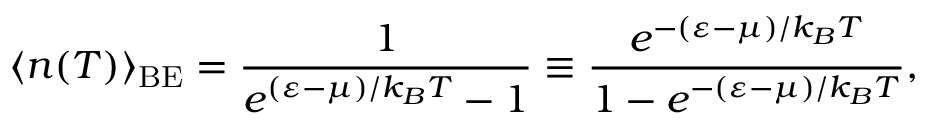
\langle n ( T ) \rangle _ { \mathrm { { B E } } } = \frac { 1 } { e ^ { ( \varepsilon - \mu ) / k _ { B } T } - 1 } \equiv \frac { e ^ { - ( \varepsilon - \mu ) / k _ { B } T } } { 1 - e ^ { - ( \varepsilon - \mu ) / k _ { B } T } } ,